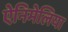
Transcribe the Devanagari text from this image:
ऐनिमेलिया